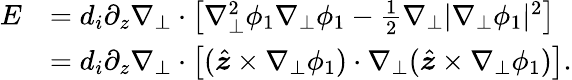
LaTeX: \begin{array}{rl}{E}&{=d_{i}\partial_{z}\nabla_{\perp}\cdot\left[\nabla_{\perp}^{2}\phi_{1}\nabla_{\perp}\phi_{1}-\frac{1}{2}\nabla_{\perp}|\nabla_{\perp}\phi_{1}|^{2}\right]}\\ &{=d_{i}\partial_{z}\nabla_{\perp}\cdot\left[(\hat{\boldsymbol{z}}\times\nabla_{\perp}\phi_{1})\cdot\nabla_{\perp}(\hat{\boldsymbol{z}}\times\nabla_{\perp}\phi_{1})\right].}\end{array}